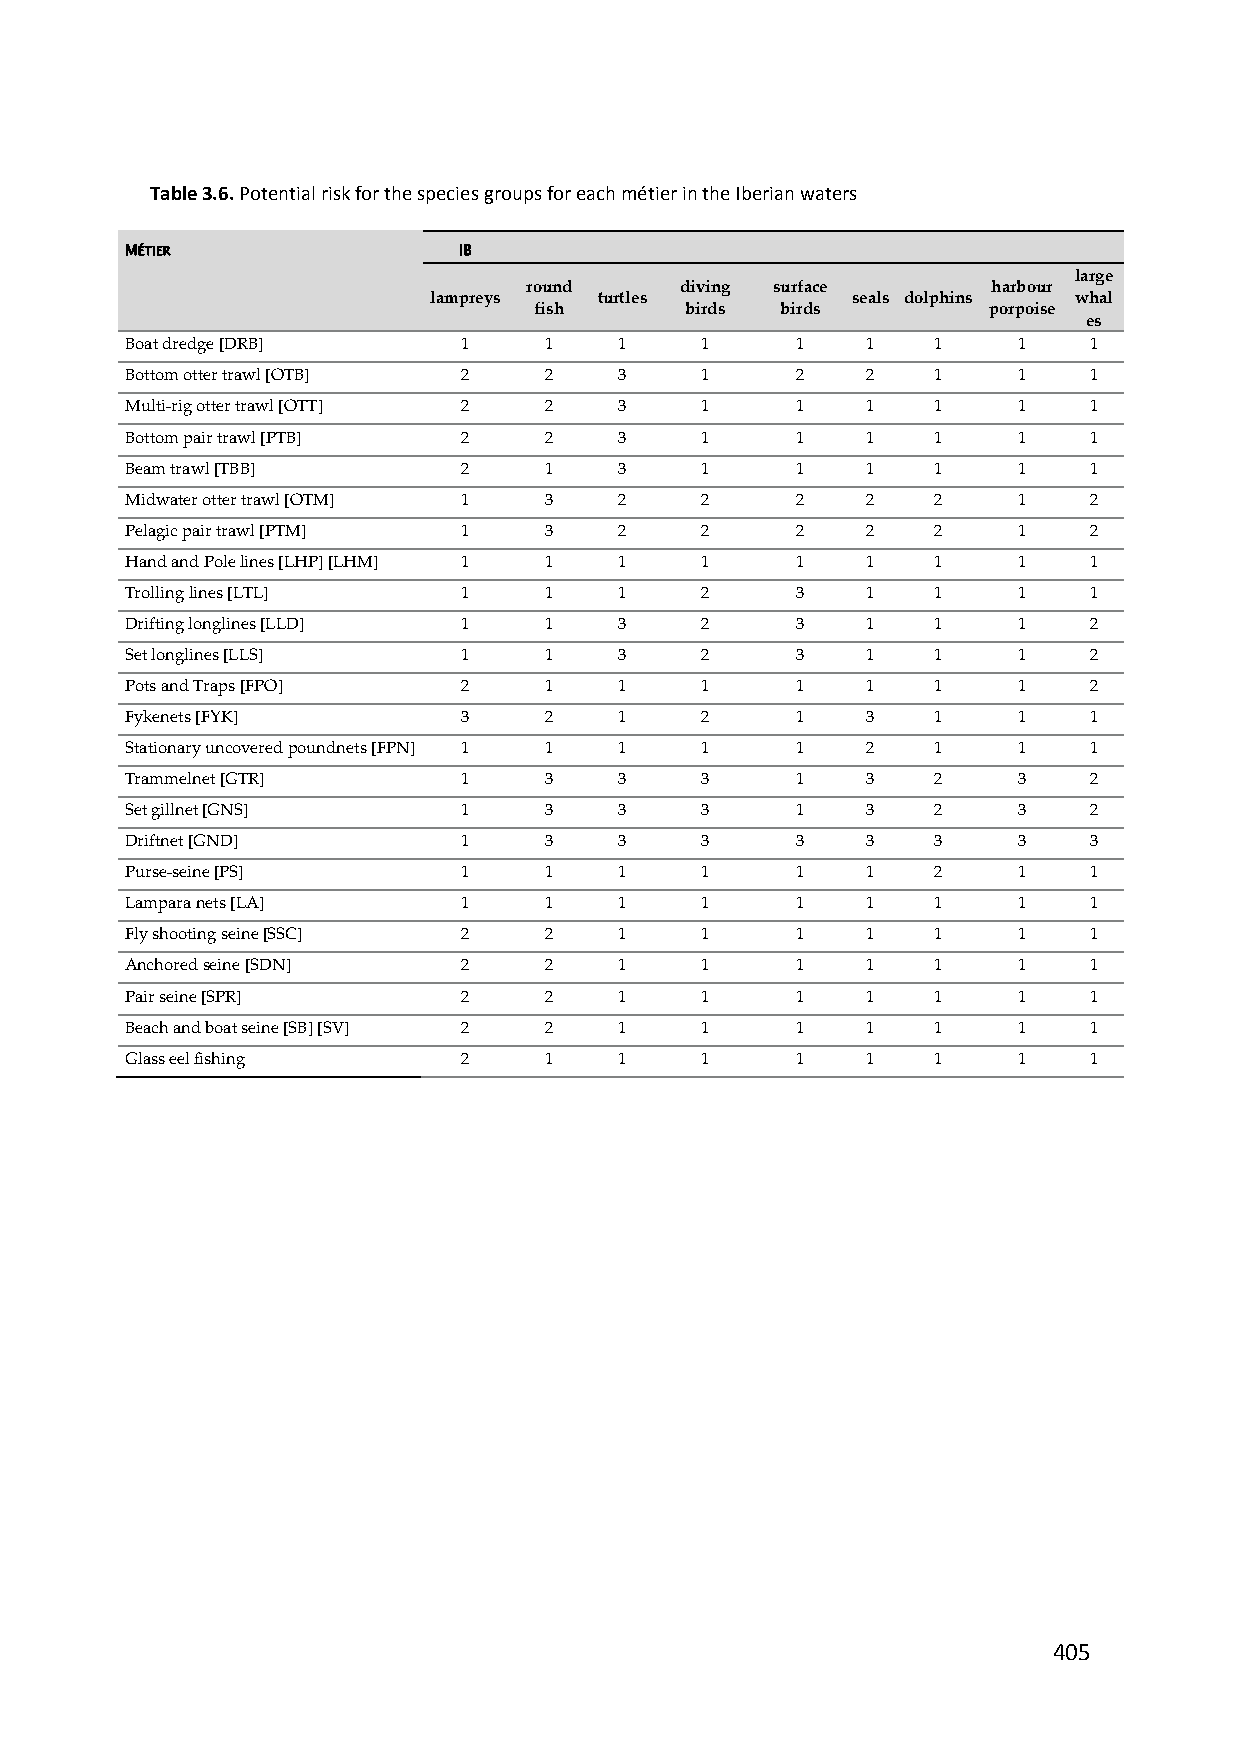
Table 3.6. Potential risk for the species groups for each métier in the Iberian waters
 MÉTIER                IB
 large
 round     diving surface       harbour
 lampreys    turtles         seals dolphins whal
 fish      birds  birds        porpoise
 es
 Boat dredge [DRB]      1    1    1    1      1   1    1    1    1
 Bottom otter trawl [OTB] 2  2    3    1      2   2    1    1    1
 Multi‐rig otter trawl [OTT] 2 2  3    1      1   1    1    1    1
 Bottom pair trawl [PTB] 2   2    3    1      1   1    1    1    1
 Beam trawl [TBB]       2    1    3    1      1   1    1    1    1
 Midwater otter trawl [OTM] 1 3   2    2      2   2    2    1    2
 Pelagic pair trawl [PTM] 1  3    2    2      2   2    2    1    2
 Hand and Pole lines [LHP] [LHM] 1 1 1 1      1   1    1    1    1
 Trolling lines [LTL]   1    1    1    2      3   1    1    1    1
 Drifting longlines [LLD] 1  1    3    2      3   1    1    1    2
 Set longlines [LLS]    1    1    3    2      3   1    1    1    2
 Pots and Traps [FPO]   2    1    1    1      1   1    1    1    2
 Fykenets [FYK]         3    2    1    2      1   3    1    1    1
 Stationary uncovered poundnets [FPN] 1 1 1 1 1   2    1    1    1
 Trammelnet [GTR]       1    3    3    3      1   3    2    3    2
 Set gillnet [GNS]      1    3    3    3      1   3    2    3    2
 Driftnet [GND]         1    3    3    3      3   3    3    3    3
 Purse‐seine [PS]       1    1    1    1      1   1    2    1    1
 Lampara nets [LA]      1    1    1    1      1   1    1    1    1
 Fly shooting seine [SSC] 2  2    1    1      1   1    1    1    1
 Anchored seine [SDN]   2    2    1    1      1   1    1    1    1
 Pair seine [SPR]       2    2    1    1      1   1    1    1    1
 Beach and boat seine [SB] [SV] 2 2 1  1      1   1    1    1    1
 Glass eel fishing      2    1    1    1      1   1    1    1    1
 405